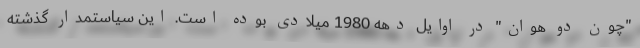
"چون دو هوان" در اوایل دهه 1980 میلادی بوده است. این سیاستمدار گذشته